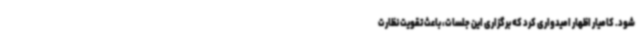
شود. کامیار اظهار امیدواری کرد که برگزاری این جلسات، باعث تقویت نظارت